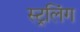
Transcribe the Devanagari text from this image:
स्ट्रलिंग